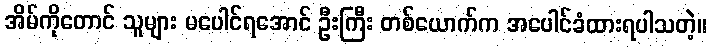
အိမ်ကိုတောင် သူများ မပေါင်ရအောင် ဦးကြီး တစ်ယောက်က အပေါင်ခံထားရပါသတဲ့။